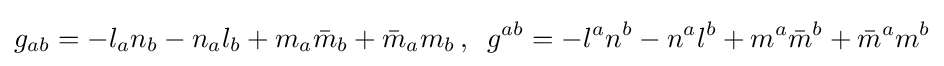
g_{ab}=-l_{a}n_{b}-n_{a}l_{b}+m_{a}{\bar {m}}_{b}+{\bar {m}}_{a}m_{b}\,,\;\;g^{ab}=-l^{a}n^{b}-n^{a}l^{b}+m^{a}{\bar {m}}^{b}+{\bar {m}}^{a}m^{b}